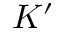
K ^ { \prime }